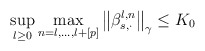
\begin{align*}\sup_{l\geq 0}\max_{n=l,\dots ,l+\left[ p\right] }\left\Vert \beta _{s,\cdot}^{l,n}\right\Vert _{\gamma }\leq K_{0}\end{align*}